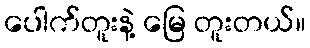
ပေါက်တူးနဲ့ မြေ တူးတယ်။